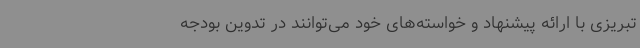
تبریزی با ارائه پیشنهاد و خواسته‌های خود می‌توانند در تدوین بودجه